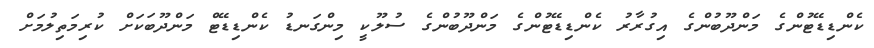
ކެންޑިޑޭޓުންގެ މަންދޫބުންގެ އިގުރާރު ކެންޑިޑޭޓުންގެ މަންދޫބުންގެ ސުލޫކީ މިންގަނޑު ކެންޑިޑޭޓް މަންދޫބަކަށް ކުރިމަތިލުމަށް